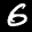
Label: 6